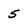
Character: 5